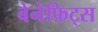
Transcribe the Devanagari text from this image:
बेनेफिट्स